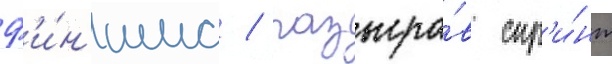
ф'и́н'иша / разыгра́в спр'и́нт